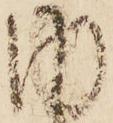
内